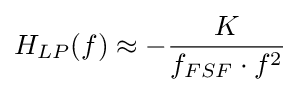
H_{LP}(f)\approx -{\frac {K}{f_{FSF}\cdot f^{2}}}